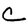
Character: C